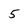
Character: 5